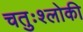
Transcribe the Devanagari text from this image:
चतुःश्लोकी